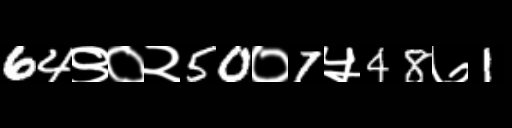
Text: 64९०२50०7५48७1